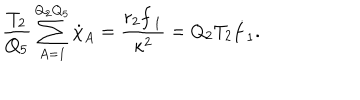
LaTeX: { \frac { T _ { 2 } } { Q _ { 5 } } } \sum _ { A = 1 } ^ { Q _ { 2 } Q _ { 5 } } \dot { \chi } _ { A } = { \frac { r _ { 2 } { \dot { f } _ { 1 } } } { \kappa ^ { 2 } } } = Q _ { 2 } T _ { 2 } \dot { f } _ { 1 } .